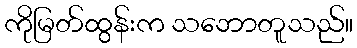
ကိုမြတ်ထွန်းက သဘောတူသည်။